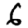
Digit: 6